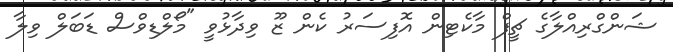
ޝަންގްރިއްލާގެ ޗީފް މާކެޓިން އޮފިސަރު ކެން ޒޫ ވިދާޅުވީ "މޯލްޑިވްސް ޑަބަލް ވިލާ